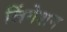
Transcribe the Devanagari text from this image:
लिंगेशन